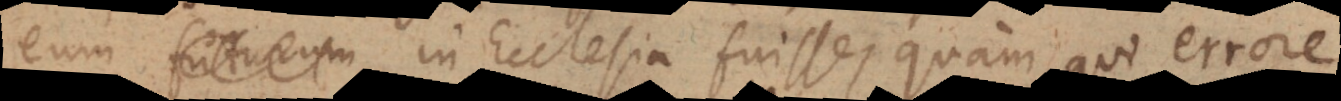
eum futurum in Ecclesia fuisse, quam qui errore